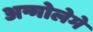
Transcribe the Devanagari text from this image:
अन्गोलेमे